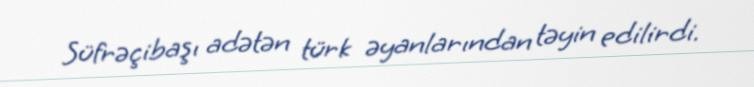
Süfrəçibaşı adətən türk əyanlarından təyin edilirdi.